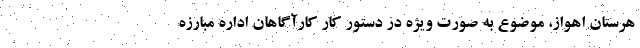
هرستان اهواز، موضوع به صورت ویژه در دستور کار کارآگاهان اداره مبارزه